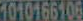
1010166106